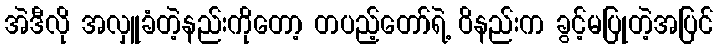
အဲဒီလို အလှူခံတဲ့နည်းကိုတော့ တပည့်တော်ရဲ့ ဝိနည်းက ခွင့်မပြုတဲ့အပြင်